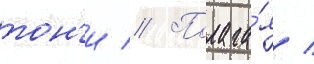
тон'и // Полага́я /